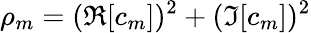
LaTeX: \rho_{m}=(\Re[c_{m}])^{2}+(\Im[c_{m}])^{2}